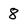
Character: 8